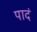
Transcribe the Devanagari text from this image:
पादं